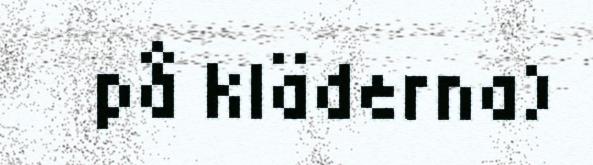
på kläderna)